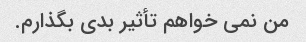
من نمی خواهم تأثیر بدی بگذارم.